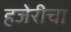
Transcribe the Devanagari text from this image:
हजेरीचा